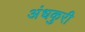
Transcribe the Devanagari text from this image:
अंधकुरी